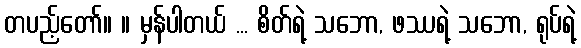
တပည့်တော်။ ။ မှန်ပါတယ် ... စိတ်ရဲ့ သဘော, ဖဿရဲ့ သဘော, ရုပ်ရဲ့